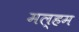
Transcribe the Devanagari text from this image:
मल्हम